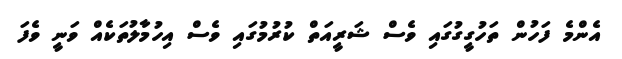
އެންމެ ފަހުން ތަހުގީގުގައި ވެސް ޝަރީއަތް ކުރުމުގައި ވެސް އިހުމާލުތަކެއް ވަނީ ވެފަ